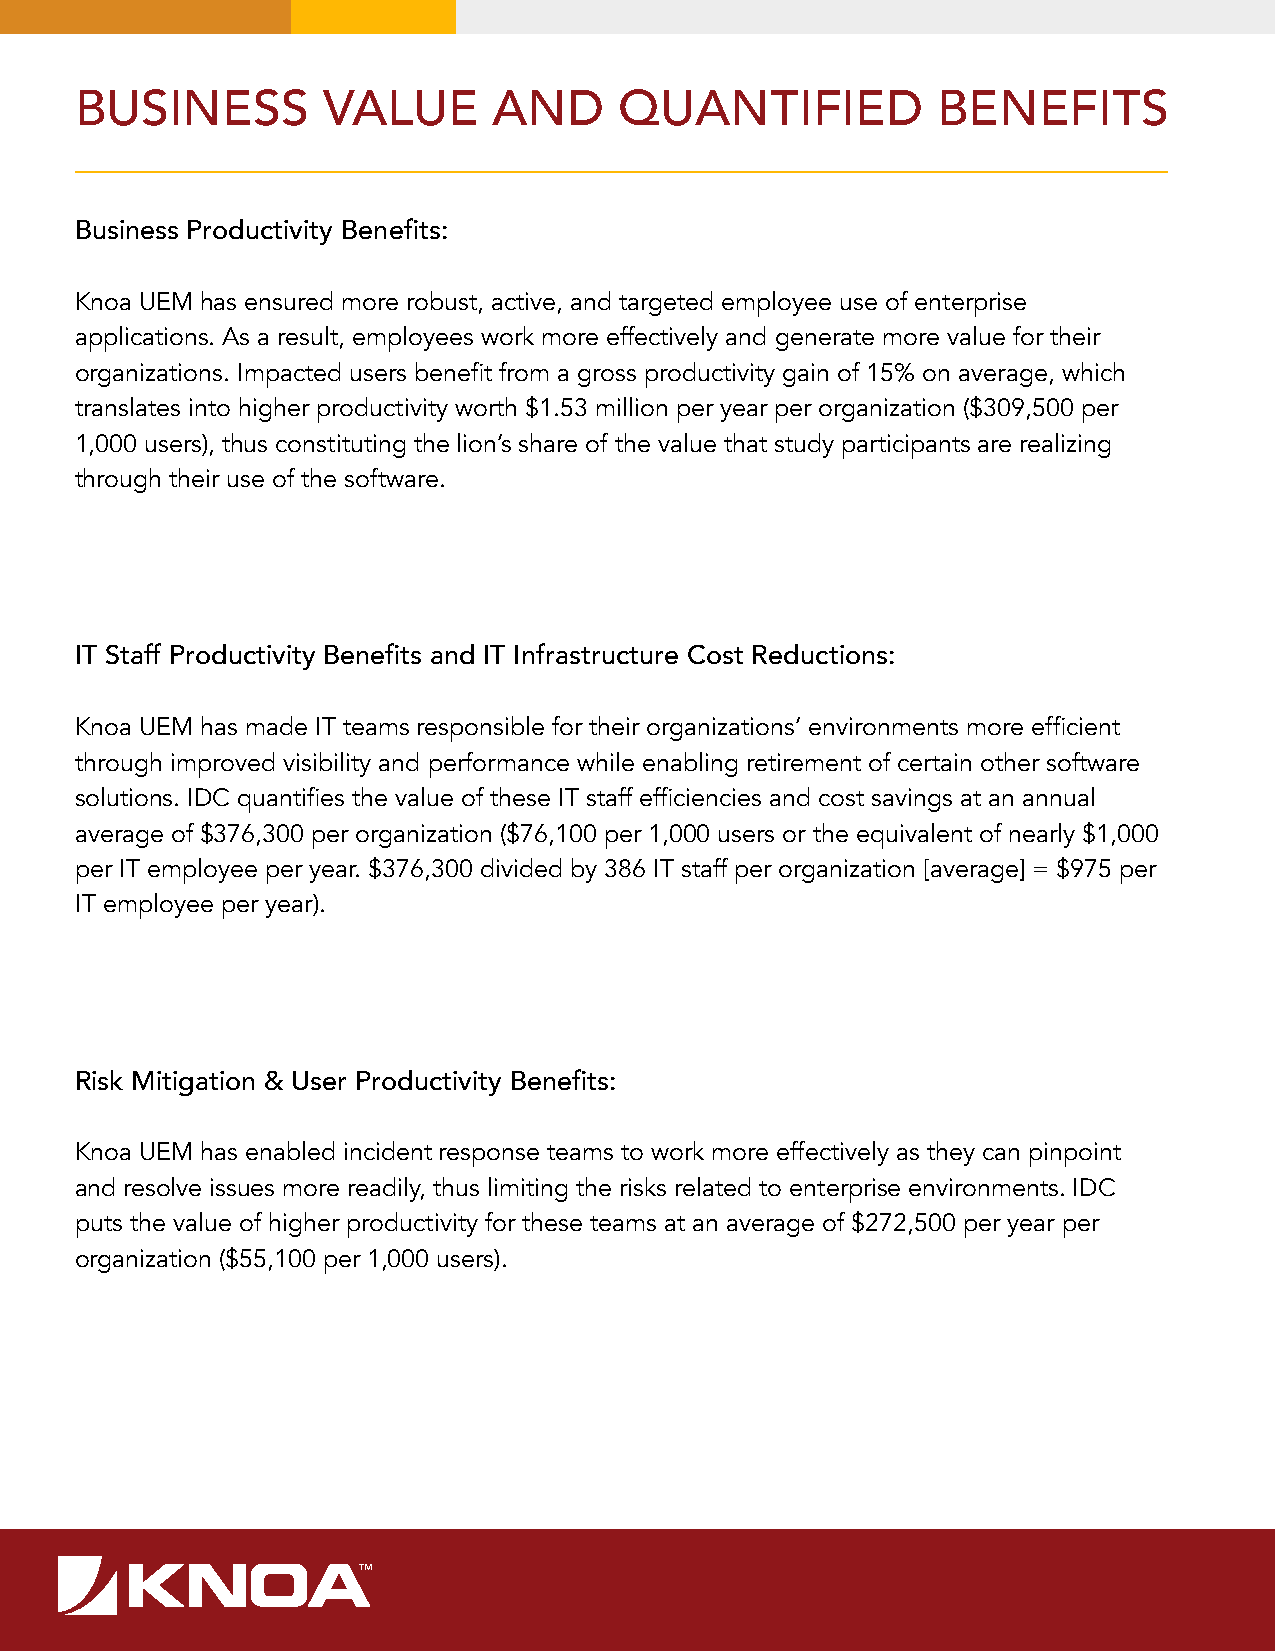
BUSINESS        VALUE       AND     QUANTIFIED           BENEFITS
 Business Productivity Benefits:
 Knoa UEM has ensured more robust, active, and targeted employee use of enterprise
 applications. As a result, employees work more effectively and generate more value for their
 organizations. Impacted users benefit from a gross productivity gain of 15% on average, which
 translates into higher productivity worth $1.53 million per year per organization ($309,500 per
 1,000 users), thus constituting the lion’s share of the value that study participants are realizing
 through their use of the software.
 IT Staff Productivity Benefits and IT Infrastructure Cost Reductions:
 Knoa UEM has made IT teams responsible for their organizations’ environments more efficient
 through improved visibility and performance while enabling retirement of certain other software
 solutions. IDC quantifies the value of these IT staff efficiencies and cost savings at an annual
 average of $376,300 per organization ($76,100 per 1,000 users or the equivalent of nearly $1,000
 per IT employee per year. $376,300 divided by 386 IT staff per organization [average] = $975 per
 IT employee per year).
 Risk Mitigation & User Productivity Benefits:
 Knoa UEM has enabled incident response teams to work more effectively as they can pinpoint
 and resolve issues more readily, thus limiting the risks related to enterprise environments. IDC
 puts the value of higher productivity for these teams at an average of $272,500 per year per
 organization ($55,100 per 1,000 users).